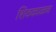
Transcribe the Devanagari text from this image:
शिवकाळच